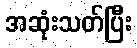
အဆုံးသတ်ပြီး